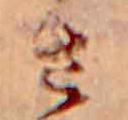
さ